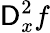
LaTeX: \mathsf{D}_{x}^{2}f